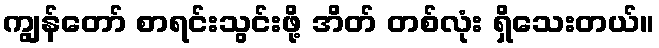
ကျွန်တော် စာရင်းသွင်းဖို့ အိတ် တစ်လုံး ရှိသေးတယ်။